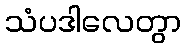
သံပဒါလေတွာ